Report of an investigation into the causes of the diseases known in Assam as Kála-Azár and Beri-Beri
Disease focus: Beri-Beri
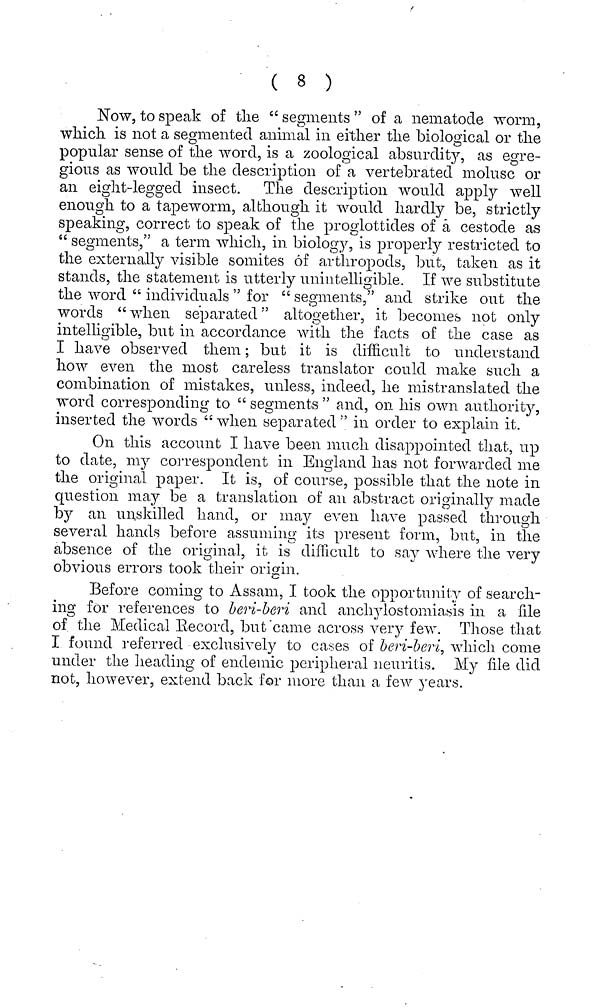
( 8 )
Now, to speak of the "segments" of a nematode worm,
which is not a segmented animal in either the biological or the
O
O
popular sense of the word, is a zoological absurdity, as egre-
gious as would be the description of a vertebrated molusc or
an eight-legged insect. The description would apply well
enough to a tapeworm, although it would hardly be, strictly
speaking, correct to speak of the proglottides of a cestode as
" segments," a term which, in biology, is properly restricted to
the externally visible somites of arthropods, but, taken as it
stands, the statement is utterly unintelligible. If we substitute
the word " individuals " for " segments," and strike out the
words " when separated " altogether, it becomes not only
intelligible, but in accordance with the facts of the case as
I have observed them ; but it is difficult to understand
how even the most careless translator could make such a
combination of mistakes, unless, indeed, he mistranslated the
word corresponding to " segments " and, on. his own authority,
inserted the words " when separated " in order to explain it.
On this account I have been much disappointed that, up
to date, my correspondent in England has not forwarded me
the original paper. It is, of course, possible that the note in
question may be a translation of an abstract originally made
by an unskilled hand, or may even have passed through
several hands before assuming its present form, but, in the
absence of the original, it is difficult to say where the very
obvious errors took their origin.
Before coming to Assam, I took the opportunity of search-
ing for references to beri-beri and anchylostoiasis in a file
of the Medical Record, but came across very few. Those that
I found referred -exclusively to cases of beri-beri., which come
under the heading of endemic peripheral neuritis. My file did
not, however, extend back for more than a few years.